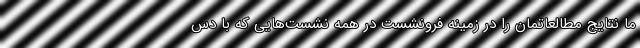
ما نتایج مطالعاتمان را در زمینه فرونشست در همه نشست‌هایی که با دس